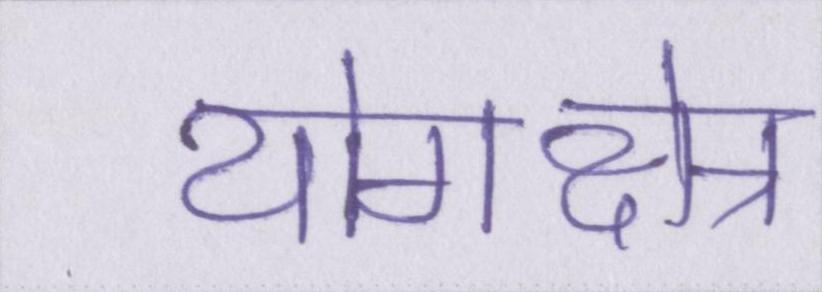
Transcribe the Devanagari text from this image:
योगक्षेत्र